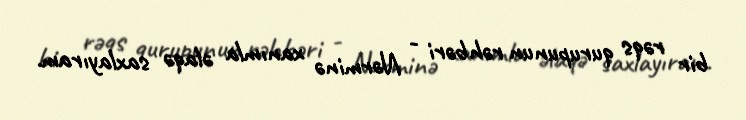
bir rəqs qurupunun rəhbəri - Nərminə xanımla əlaqə saxlayıram.